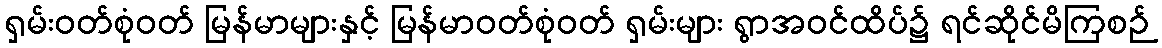
ရှမ်းဝတ်စုံဝတ် မြန်မာများနှင့် မြန်မာဝတ်စုံဝတ် ရှမ်းများ ရွာအဝင်ထိပ်၌ ရင်ဆိုင်မိကြစဉ်